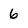
Character: 6